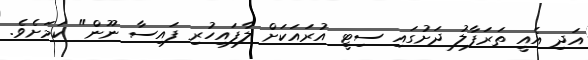
އަދި އެއީ ތަރަފާލު ދަށުގައި ސިޓީ އުރައަކަށް ލާފައިހުރި ފައިސާ ނޫން" ކަމަށެވެ.